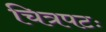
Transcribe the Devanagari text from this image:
चित्रपटः